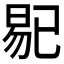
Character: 𱢅